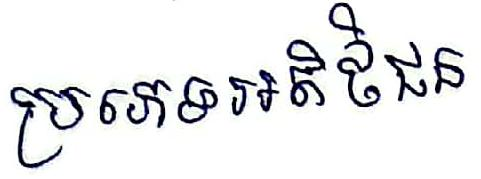
ប្រភេទអតិថិជន